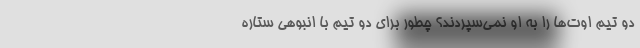
دو تیم اوت‌ها را به او نمی‌سپردند؟ چطور برای دو تیم با انبوهی ستاره